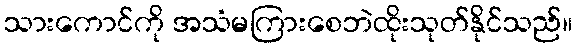
သားကောင်ကို အသံမကြားစေဘဲထိုးသုတ်နိုင်သည်။